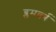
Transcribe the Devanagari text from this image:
ब्लमबर्ग